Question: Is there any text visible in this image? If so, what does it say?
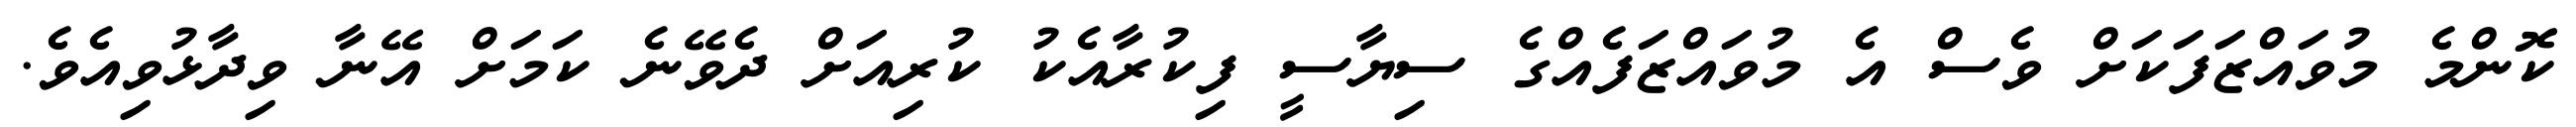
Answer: ކޮންމެ މުވައްޒަފަކަށް ވެސް އެ މުވައްޒަފެއްގެ ސިޔާސީ ފިކުރާއެކު ކުރިއަށް ދެވޭނެ ކަމަށް އޭނާ ވިދާޅުވިއެވެ.